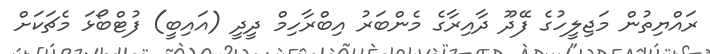
ރައްޔިތުން މަޖިލީހުގެ ފޭދޫ ދާއިރާގެ މެންބަރު އިބްރާހިމް ދީދީ (އައިބީ) ފުޓްބޯޅަ މެޗަކަށް